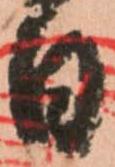
日